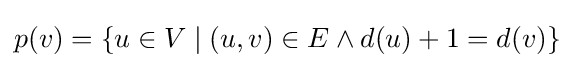
p(v)=\{u\in V\mid (u,v)\in E\land d(u)+1=d(v)\}